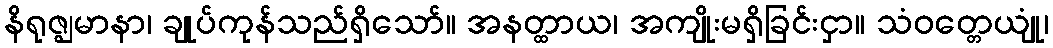
နိရုဇ္ဈမာနာ၊ ချုပ်ကုန်သည်ရှိသော်။ အနတ္ထာယ၊ အကျိုးမရှိခြင်းငှာ။ သံဝတ္တေယျုံ၊